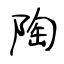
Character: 陶